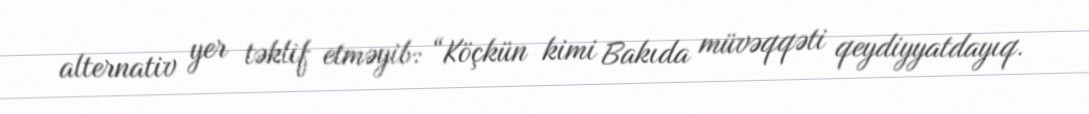
alternativ yer təklif etməyib: “Köçkün kimi Bakıda müvəqqəti qeydiyyatdayıq.